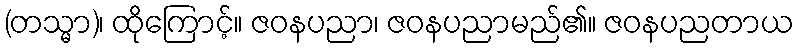
(တသ္မာ)၊ ထိုကြောင့်။ ဇဝနပညာ၊ ဇဝနပညာမည်၏။ ဇဝနပညတာယ